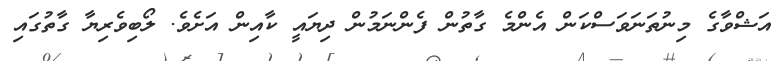
އަޝްވާގެ މިނުތަނަވަސްކަން އެންމެ ގާތުން ފެންނަމުން ދިޔައީ ކާއިން އަށެވެ. ލޯބިވެރިޔާ ގާތުގައި